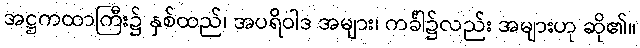
အဋ္ဌကထာကြီး၌ နှစ်ထည်၊ အပရိဝါဒ အများ၊ ကင်္ခါ၌လည်း အများဟု ဆို၏။